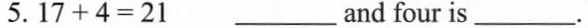
5.$$1 7 + 4 = 2 1$$ ___ and four is___.